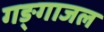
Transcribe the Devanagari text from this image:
गङ्गाजल